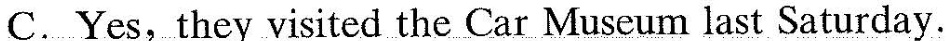
C. Yes,they visited the Car Museum last Saturday.